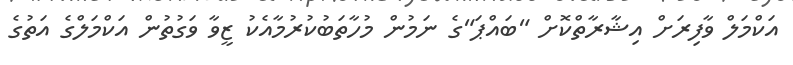
އަކްމަލް ވާފިރަށް އިޝާރާތްކޮށް "ބައްޕަ"ގެ ނަމުން މުހާތަބުކުރުމާއެކު ޒީވާ ވަގުތުން އަކްމަލްގެ އަތުގެ